Civil Veterinary Dept. Bombay admin report 1900-1906 - 1900-1906
Year: 1900
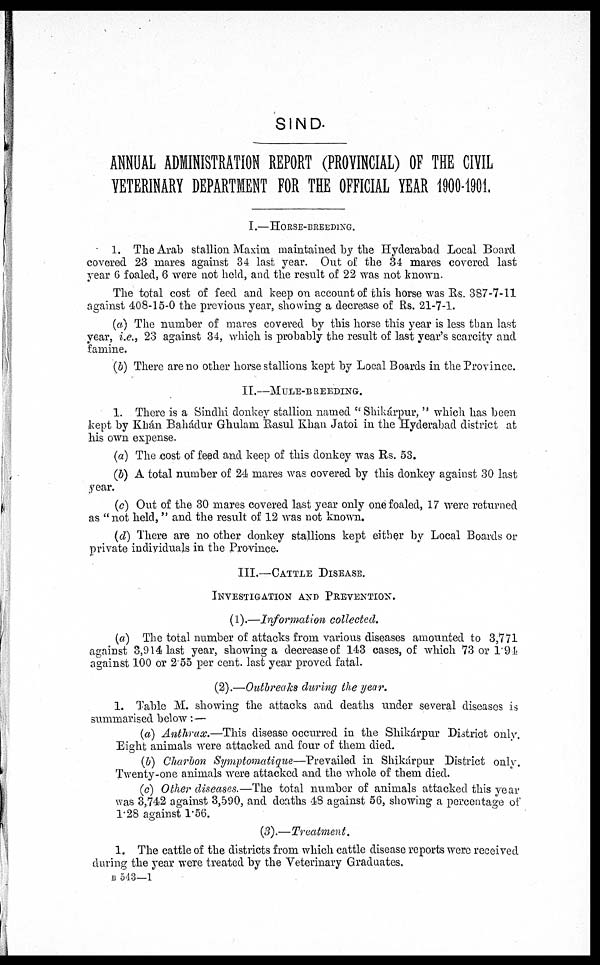
SIND.
ANNUAL ADMINISTRATION REPORT (PROVINCIAL) OF THE CIVIL
VETERINARY DEPARTMENT FOR THE OFFICIAL YEAR 1900-1901.
I.—HORSE-BREEDING.
1. The Arab stallion Maxim maintained by the Hyderabad Local Board
covered 23 mares against 34 last year. Out of the 34 mares covered last
year 6 foaled, 6 were not held, and the result of 22 was not known.
The total cost of feed and keep on account of this horse was Rs. 387-7-11
against 408-15-0 the previous year, showing a decrease of Rs. 21-7-1.
(a) The number of mares covered by this horse this year is less than last
year, i.e., 23 against 34, which is probably the result of last year's scarcity and
famine.
(b) There are no other horse stallions kept by Local Boards in the Province.
II.—MULE-BREEDING.
1. There is a Sindhi donkey stallion named " Shikápur," which has been
kept by Khán Bahádur Ghularn Rasul Khan Jatoi in the Hyderabad district at
his own expense.
(a) The cost of feed and keep of this donkey was Rs. 53.
(b) A total number of 24 mares was covered by this donkey against 30 last
year.
(c) Out of the 30 mares covered last year only one foaled, 17 were returned
as "not held, " and the result of 12 was not known.
(d) There are no other donkey stallions kept either by Local Boards or
private individuals in the Province.
III.—CATTLE DISEASE.
INVESTIGATION AND PREVENTION.
(1).—Information collected.
(a) The total number of attacks from various diseases amounted to 3,771
against 3,914 last year, showing a decrease of 143 cases, of which 73 or 1.94
against 100 or 2.55 per cent. last year proved fatal.
(2).—Outbreaks during the year.
1. Table M. showing the attacks and deaths under several diseases is
summarised below: —
(a) Anthrax.—This disease occurred in the Shikárpur District only.
Eight animals were attacked and four of them died.
(b) Charbon Symptomatique—Prevailed in Shikárpur District only.
Twenty-one animals were attacked and the whole of them died.
(c) Other diseases.—The total number of animals attacked this year
was 3,742 against 3,590, and deaths 48 against 56, showing a percentage of
1.28 against 1.56.
(3).—Treatment.
1. The cattle of the districts from which cattle disease reports were received
during the year were treated by the Veterinary Graduates.
B 543—1